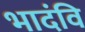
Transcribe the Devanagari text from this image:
भादंवि